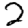
Digit: 2